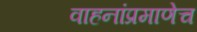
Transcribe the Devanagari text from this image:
वाहनांप्रमाणेच